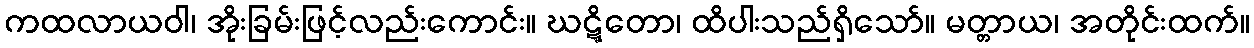
ကထလာယဝါ၊ အိုးခြမ်းဖြင့်လည်းကောင်း။ ဃဋ္ဋိတော၊ ထိပါးသည်ရှိသော်။ မတ္တာယ၊ အတိုင်းထက်။